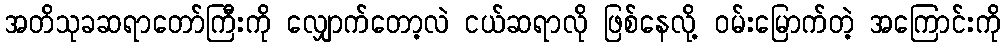
အတိသုခဆရာတော်ကြီးကို လျှောက်တော့လဲ ငယ်ဆရာလို ဖြစ်နေလို့ ဝမ်းမြောက်တဲ့ အကြောင်းကို